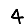
Digit: 4